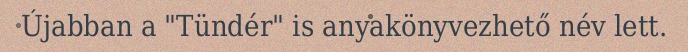
Újabban a "Tündér" is anyakönyvezhető név lett.